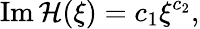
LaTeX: \mathrm{Im}\, {\cal H}(\xi)=c_{1}\xi^{c_{2}},